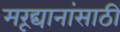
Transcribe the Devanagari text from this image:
मरूद्यानांसाठी